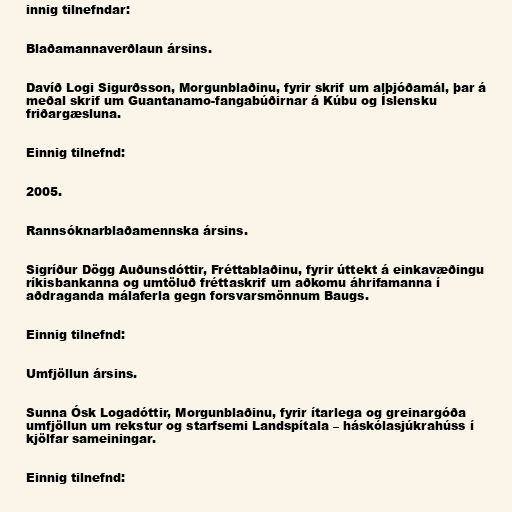
innig tilnefndar:

Blaðamannaverðlaun ársins.

Davíð Logi Sigurðsson, Morgunblaðinu, fyrir skrif um alþjóðamál, þar á
meðal skrif um Guantanamo-fangabúðirnar á Kúbu og Íslensku
friðargæsluna.

Einnig tilnefnd:

2005.

Rannsóknarblaðamennska ársins.

Sigríður Dögg Auðunsdóttir, Fréttablaðinu, fyrir úttekt á einkavæðingu
ríkisbankanna og umtöluð fréttaskrif um aðkomu áhrifamanna í
aðdraganda málaferla gegn forsvarsmönnum Baugs.

Einnig tilnefnd:

Umfjöllun ársins.

Sunna Ósk Logadóttir, Morgunblaðinu, fyrir ítarlega og greinargóða
umfjöllun um rekstur og starfsemi Landspítala – háskólasjúkrahúss í
kjölfar sameiningar.

Einnig tilnefnd: